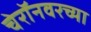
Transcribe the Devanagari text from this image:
चेरॉनवरच्या